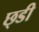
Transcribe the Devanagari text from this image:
छ्डी